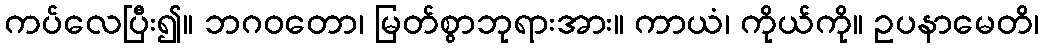
ကပ်လေပြီး၍။ ဘဂဝတော၊ မြတ်စွာဘုရားအား။ ကာယံ၊ ကိုယ်ကို။ ဥပနာမေတိ၊